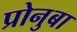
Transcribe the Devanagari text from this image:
प्रोनुबा